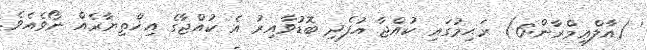
' (އާލްޢިމްރާން:6) ރަޙިމުގައި ކުއްޖާ އުފެދި ބޮޑުވާއިރު އެ ކުއްޖާގެ އިޚްތިޔާރެއް ނޯވެއެވެ.